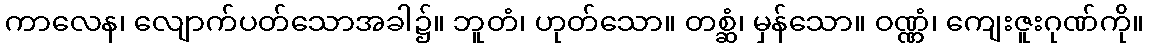
ကာလေန၊ လျောက်ပတ်သောအခါ၌။ ဘူတံ၊ ဟုတ်သော။ တစ္ဆံ၊ မှန်သော။ ဝဏ္ဏံ၊ ကျေးဇူးဂုဏ်ကို။